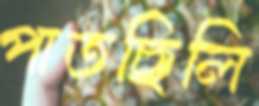
পাতছিলি